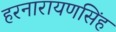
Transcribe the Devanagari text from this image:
हरनारायणसिंह